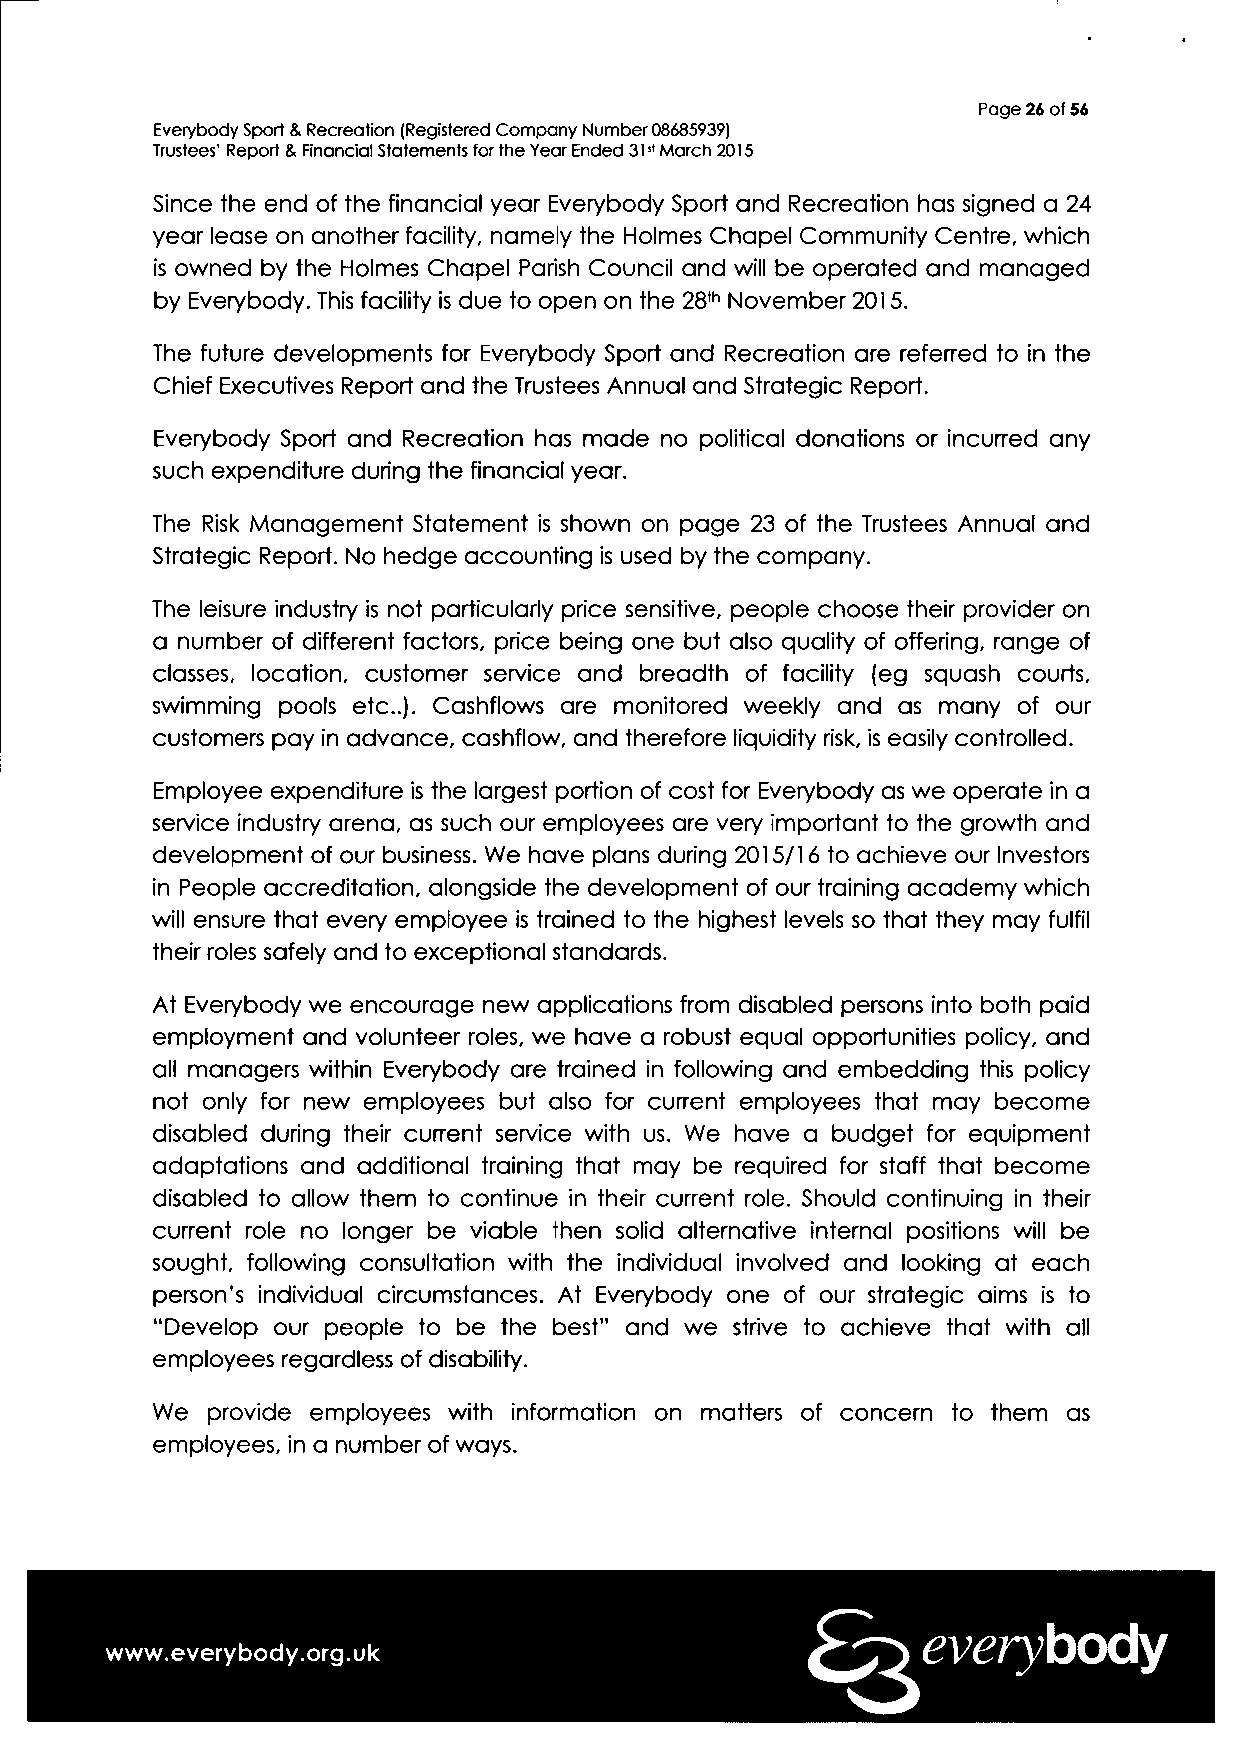
Page 26 of 56
 Everybody Sport & Recreation (Registered Company Number 08685939)
 Trustees' Report & Financial Statements for the Year Ended 31st March 2015
 Since the end of the financial year Everybody Sport and Recreation has signed a 24
 year lease on another facility, namely the Holmes Chapel Community Centre, which
 is owned by the Holmes Chapel Parish Council and will be operated and managed
 by Everybody. This facility is due to open on the 28th November 2015.
 The future developments for Everybody Sport and Recreation are referred to in the
 Chief Executives Report and the Trustees Annual and Strategic Report.
 Everybody Sport and Recreation has made no political donations or incurred any
 such expenditure during the financial year.
 The Risk Management Statement is shown on page 23 of the Trustees Annual and
 Strategic Report. No hedge accounting is used by the company.
 The leisure industry is not particularly price sensitive, people choose their provider on
 a number of different factors, price being one but also quality of offering, range of
 classes, location, customer service and breadth of facility (eg squash courts,
 swimming pools etc.). Cashflows are monitored weekly and as many of our
 customers pay in advance, cashflow, and therefore liquidity risk, is easily controlled.
 Employee expenditure is the largest portion of cost for Everybody as we operate in a
 service industry arena, as such our employees are very important to the growth and
 development of our business. We have plans during 2015/16 to achieve our Investors
 in People accreditation, alongside the development of our training academy which
 will ensure that every employee is trained to the highest levels so that they may fulfil
 their roles safely and to exceptional standards.
 At Everybody we encourage new applications from disabled persons into both paid
 employment and volunteer roles, we have a robust equal opportunities policy, and
 all managers within Everybody are trained in following and embedding this policy
 not only for new employees but also for current employees that may become
 disabled during their current service with us. We have a budget for equipment
 adaptations and additional training that may be required for staff that become
 disabled to allow them to continue in their current role. Should continuing in their
 current role no longer be viable then solid alternative internal positions will be
 sought, following consultation with the individual involved and looking at each
 person's individual circumstances. At Everybody one of our strategic aims is to
 "Develop our people to be the best" and we strive to achieve that with all
 employees regardless of disability.
 We  provide employees with information on matters of concern to them as
 employees, in a number of ways.
 everybody
 www.everybody.org.uk